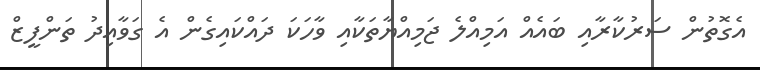
އެގޮތުން ސަރުކާރާއި ބައެއް އަމިއްލެ ޖަމިއްޔާތަކާއި ވާހަކަ ދައްކައިގެން އެ ގަވާއިދު ތަންފީޒް